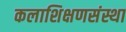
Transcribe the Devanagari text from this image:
कलाशिक्षणसंस्था